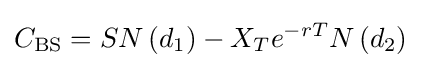
C_{\text{BS}}=SN\left(d_{1}\right)-X_{T}e^{-rT}N\left(d_{2}\right)